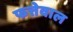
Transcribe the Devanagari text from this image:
फत्तेवाल